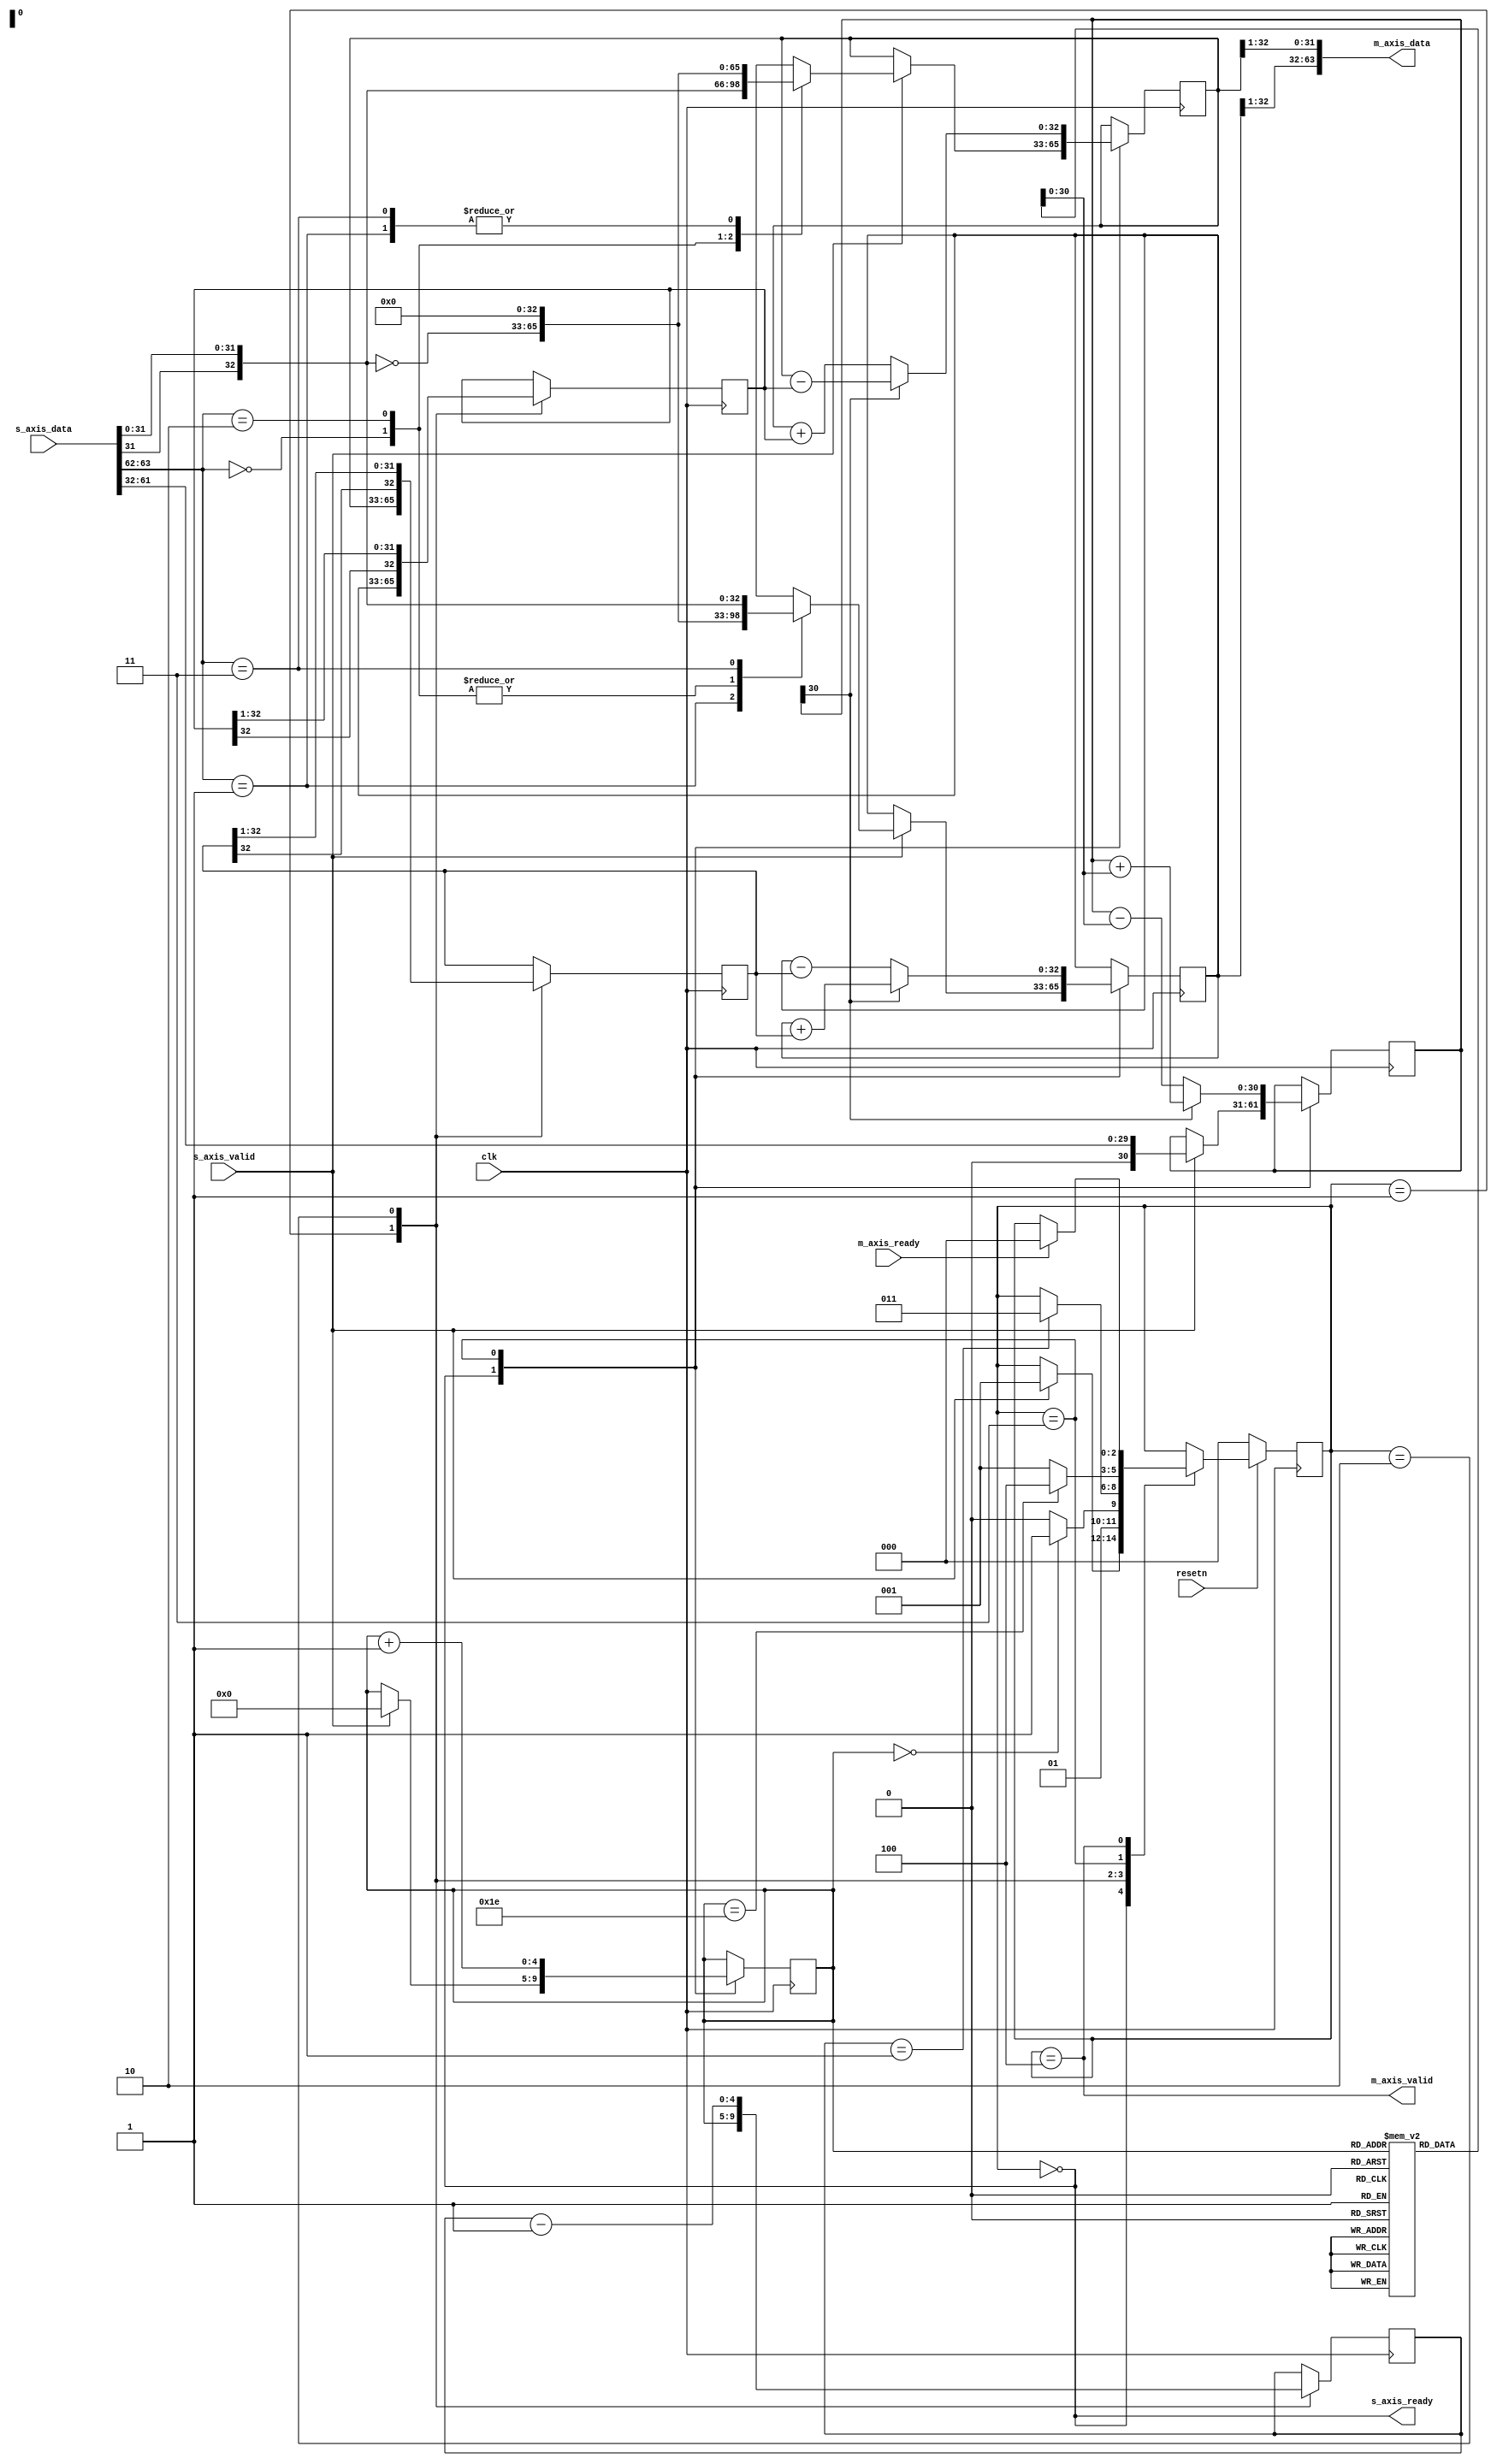
module cordic_demod (
	input clk,
	input resetn,

	input s_axis_valid,
	output s_axis_ready,
	input [63:0] s_axis_data,

	output m_axis_valid,
	input m_axis_ready,
	output [63:0] m_axis_data
);

reg [4:0] step_counter;
reg [4:0] shift_counter;
reg [30:0] phase;
reg [2:0] state;

reg [32:0] i;
reg [32:0] q;
reg [32:0] i_shift;
reg [32:0] q_shift;

assign s_axis_ready = state == STATE_IDLE;
assign m_axis_data = {q[32:1],i[32:1]};
assign m_axis_valid = state == STATE_DONE;

localparam STATE_IDLE = 0;
localparam STATE_SHIFT_LOAD = 1;
localparam STATE_SHIFT = 2;
localparam STATE_ADD = 3;
localparam STATE_DONE = 4;

reg [31:0] angle[0:30];

initial begin
	angle[0] = 32'h20000000;
	angle[1] = 32'h12e4051e;
	angle[2] = 32'h09fb385b;
	angle[3] = 32'h051111d4;
	angle[4] = 32'h028b0d43;
	angle[5] = 32'h0145d7e1;
	angle[6] = 32'h00a2f61e;
	angle[7] = 32'h00517c55;
	angle[8] = 32'h0028be53;
	angle[9] = 32'h00145f2f;
	angle[10] = 32'h000a2f98;
	angle[11] = 32'h000517cc;
	angle[12] = 32'h00028be6;
	angle[13] = 32'h000145f3;
	angle[14] = 32'h0000a2fa;
	angle[15] = 32'h0000517d;
	angle[16] = 32'h000028be;
	angle[17] = 32'h0000145f;
	angle[18] = 32'h00000a30;
	angle[19] = 32'h00000518;
	angle[20] = 32'h0000028c;
	angle[21] = 32'h00000146;
	angle[22] = 32'h000000a3;
	angle[23] = 32'h00000051;
	angle[24] = 32'h00000029;
	angle[25] = 32'h00000014;
	angle[26] = 32'h0000000a;
	angle[27] = 32'h00000005;
	angle[28] = 32'h00000003;
	angle[29] = 32'h00000001;
	angle[30] = 32'h00000001;
end

always @(posedge clk) begin
	if (resetn == 1'b0) begin
		state <= STATE_IDLE;
	end else begin
		case (state)
		STATE_IDLE: begin
			if (s_axis_valid == 1'b1) begin
				state <= STATE_SHIFT_LOAD;
			end
		end
		STATE_SHIFT_LOAD: begin
			if (step_counter == 'h00) begin
				state <= STATE_ADD;
			end else begin
				state <= STATE_SHIFT;
			end
		end
		STATE_SHIFT: begin
			if (shift_counter == 'h01) begin
				state <= STATE_ADD;
			end
		end
		STATE_ADD: begin
			if (step_counter == 'd30) begin
				state <= STATE_DONE;
			end else begin
				state <= STATE_SHIFT_LOAD;
			end
		end
		STATE_DONE: begin
			if (m_axis_ready == 1'b1)
				state <= STATE_IDLE;
		end
		endcase
	end
end

always @(posedge clk) begin
	case(state)
	STATE_SHIFT_LOAD: begin
		shift_counter <= step_counter;
	end
	STATE_SHIFT: begin
		shift_counter <= shift_counter - 1'b1;
	end
	endcase
end

always @(posedge clk)
begin
	case(state)
	STATE_IDLE:
		if (s_axis_valid == 1'b1) begin
			step_counter <= 'h00;
			phase <= {1'b0,s_axis_data[61:32]};
			step_counter <= 'h00;
			case (s_axis_data[63:62])
			2'b00: begin
				i <= {s_axis_data[31],s_axis_data[31:0]};
				q <= 'h00;
			end
			2'b01: begin
				i <= 'h00;
				q <= ~{s_axis_data[31],s_axis_data[31:0]};
			end
			2'b10: begin
				i <= ~{s_axis_data[31],s_axis_data[31:0]};
				q <= 'h00;
			end
			2'b11: begin
				i <= 'h00;
				q <= {s_axis_data[31],s_axis_data[31:0]};
			end
			endcase
		end
	STATE_SHIFT_LOAD: begin
		i_shift <= i;
		q_shift <= q;
	end
	STATE_SHIFT: begin
		i_shift <= {i_shift[32],i_shift[32:1]};
		q_shift <= {q_shift[32],q_shift[32:1]};
	end
	STATE_ADD: begin
		if (phase[30] == 1'b0) begin
			i <= i + q_shift;
			q <= q - i_shift;
			phase <= phase - angle[step_counter];
		end else begin
			i <= i - q_shift;
			q <= q + i_shift;
			phase <= phase + angle[step_counter];
		end
		step_counter <= step_counter + 1'b1;
	end
	endcase
end

endmodule